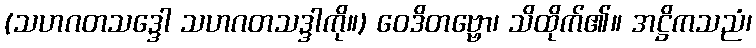
(သဟဂတသဒ္ဒေါ သဟဂတသဒ္ဒါကို။) ဝေဒိတဗ္ဗော၊ သိထိုက်၏။ အဋ္ဌိကသညံ၊